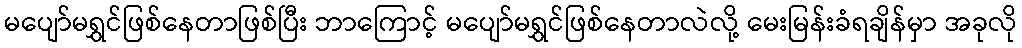
မပျော်မရွှင်ဖြစ်နေတာဖြစ်ပြီး ဘာကြောင့် မပျော်မရွှင်ဖြစ်နေတာလဲလို့ မေးမြန်းခံရချိန်မှာ အခုလို